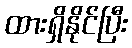
ထားရှိနိုင်ပြီး